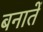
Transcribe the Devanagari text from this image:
बनातें